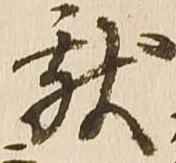
献